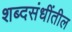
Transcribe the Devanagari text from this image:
शब्दसंधींतील